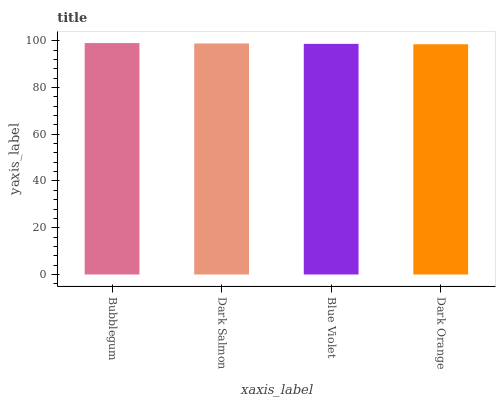
| xaxis_label | bars |
 | --- | --- |
 | Bubblegum | 99 |
 | Dark Salmon | 98.8 |
 | Blue Violet | 98.7 |
 | Dark Orange | 98.5 |